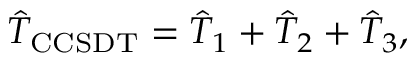
\hat { T } _ { \mathrm { C C S D T } } = \hat { T } _ { 1 } + \hat { T } _ { 2 } + \hat { T } _ { 3 } ,